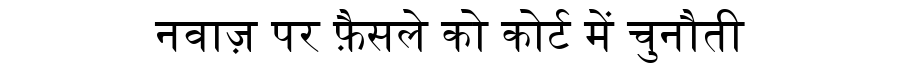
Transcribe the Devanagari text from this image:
नवाज़ पर फ़ैसले को कोर्ट में चुनौती